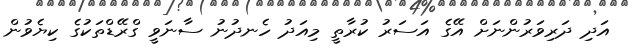
އަދި ދަރިވަރުންނަށް އޭގެ އަސަރު ކުރާތީ މިއަދު ހެނދުނު ސާނަވީ ގްރޭޑްތަކުގެ ކިޔެވުން